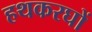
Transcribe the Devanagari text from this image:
हथकरघों